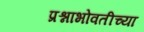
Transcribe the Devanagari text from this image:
प्रश्नाभोवतीच्या